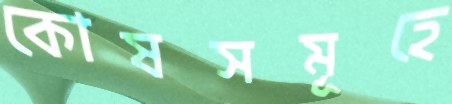
কোষসমূহে